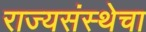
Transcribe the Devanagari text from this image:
राज्यसंस्थेचा